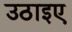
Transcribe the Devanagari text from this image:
उठाइए